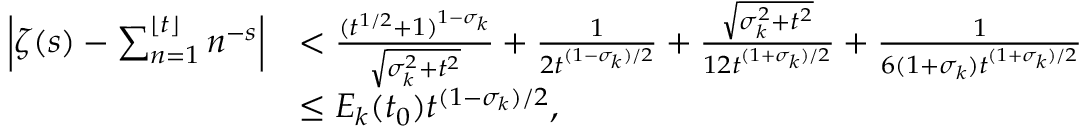
\begin{array} { r l } { \left| \zeta ( s ) - \sum _ { n = 1 } ^ { \lfloor t \rfloor } n ^ { - s } \right| } & { < \frac { ( t ^ { 1 / 2 } + 1 ) ^ { 1 - \sigma _ { k } } } { \sqrt { \sigma _ { k } ^ { 2 } + t ^ { 2 } } } + \frac { 1 } { 2 t ^ { ( 1 - \sigma _ { k } ) / 2 } } + \frac { \sqrt { \sigma _ { k } ^ { 2 } + t ^ { 2 } } } { 1 2 t ^ { ( 1 + \sigma _ { k } ) / 2 } } + \frac { 1 } { 6 ( 1 + \sigma _ { k } ) t ^ { ( 1 + \sigma _ { k } ) / 2 } } } \\ & { \le E _ { k } ( t _ { 0 } ) t ^ { ( 1 - \sigma _ { k } ) / 2 } , } \end{array}